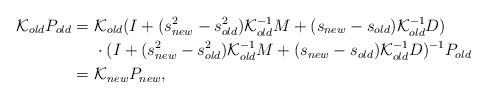
LaTeX: \begin{align*}\mathcal{K}_{old}P_{old}=& \ \mathcal{K}_{old}(I+(s^{2}_{new}-s^{2}_{old})\mathcal{K}_{old}^{-1}M+(s_{new}-s_{old})\mathcal{K}_{old}^{-1}D) \\ & \ \cdot (I + (s^{2}_{new}-s^{2}_{old})\mathcal{K}_{old}^{-1}M + (s_{new}-s_{old})\mathcal{K}_{old}^{-1}D)^{-1}P_{old} \\= &\ \mathcal{K}_{new}P_{new},\end{align*}